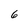
Character: 6